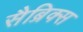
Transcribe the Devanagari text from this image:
सैब्रिक्स